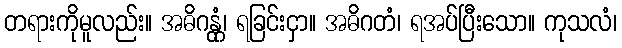
တရားကိုမူလည်း။ အဓိဂန္တုံ၊ ရခြင်းငှာ။ အဓိဂတံ၊ ရအပ်ပြီးသော။ ကုသလံ၊